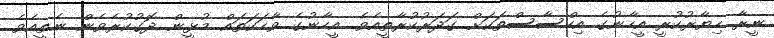
ނީރާ ހިޔާރުކުރީ އީހާނުގެ އިހްސާސްތަކަށް ގަދަރުކުރާތީއެވެ. އީހާނުގެ ވާހަކަތައް މުޅީން ދޮގުކުރެވެން ނެތީއެވެ.